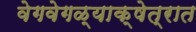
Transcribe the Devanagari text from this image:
वेगवेगळ्याक्षेत्रात